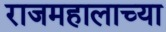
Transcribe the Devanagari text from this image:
राजमहालाच्या